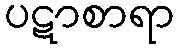
ပဋာစာရာ